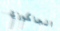
الجاكوزي